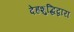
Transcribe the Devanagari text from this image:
देहशुद्धिद्वारा